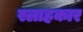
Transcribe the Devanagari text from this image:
स्लाहकार